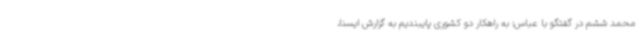
محمد ششم در گفتگو با عباس: به راهکار دو کشوری پایبندیم به گزارش ایسنا،